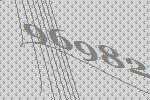
96982